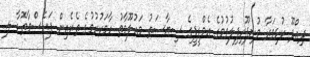
ދިއްދޫ ކުޅިވަރާ މުނިފޫހިފިލުވުމުގެ އެމްޑީޕީގެ ސިޔާސަތު މައުލޫމާތު ހާމަކުރުމުގެ ތެރެއިން ފަރެސްމާތޮޑާ ލ.